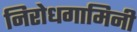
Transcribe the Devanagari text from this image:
निरोधगामिनी